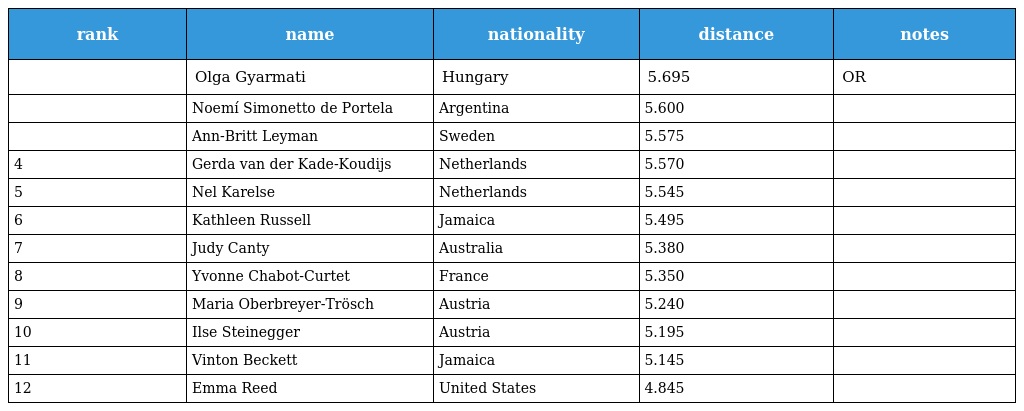
| rank | name | nationality | distance | notes |
 | --- | --- | --- | --- | --- |
 |  | Olga Gyarmati | Hungary | 5.695 | OR |
 |  | Noemí Simonetto de Portela | Argentina | 5.600 |  |
 |  | Ann-Britt Leyman | Sweden | 5.575 |  |
 | 4 | Gerda van der Kade-Koudijs | Netherlands | 5.570 |  |
 | 5 | Nel Karelse | Netherlands | 5.545 |  |
 | 6 | Kathleen Russell | Jamaica | 5.495 |  |
 | 7 | Judy Canty | Australia | 5.380 |  |
 | 8 | Yvonne Chabot-Curtet | France | 5.350 |  |
 | 9 | Maria Oberbreyer-Trösch | Austria | 5.240 |  |
 | 10 | Ilse Steinegger | Austria | 5.195 |  |
 | 11 | Vinton Beckett | Jamaica | 5.145 |  |
 | 12 | Emma Reed | United States | 4.845 |  |